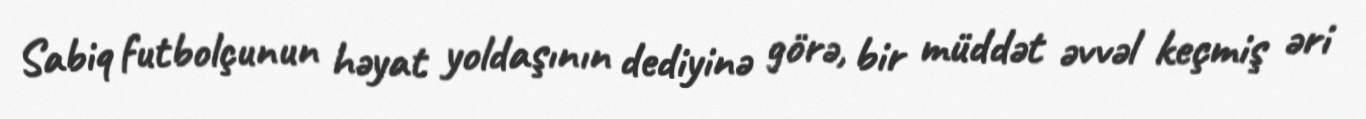
Sabiq futbolçunun həyat yoldaşının dediyinə görə, bir müddət əvvəl keçmiş əri